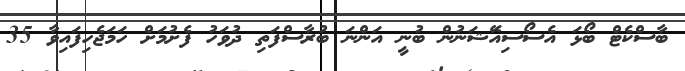
ބާސްކެޓް ބޯޅަ އެސޯސިއޭަޝަނުން ބުނީ އަންނަ ބުރާސްފަތި ދުވަހު ފެށުމަށް ހަމަޖެހިފައިވާ 35